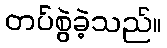
တပ်စွဲခဲ့သည်။